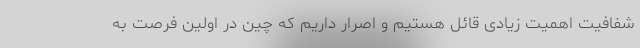
شفافیت اهمیت زیادی قائل هستیم و اصرار داریم که چین در اولین فرصت به